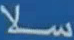
سلا